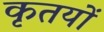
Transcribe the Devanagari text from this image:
कृतयों